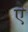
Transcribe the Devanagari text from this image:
एे